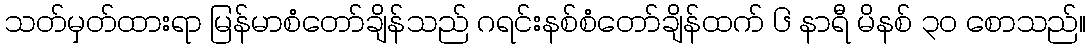
သတ်မှတ်ထားရာ မြန်မာစံတော်ချိန်သည် ဂရင်းနစ်စံတော်ချိန်ထက် ၆ နာရီ မိနစ် ၃၀ စောသည်။